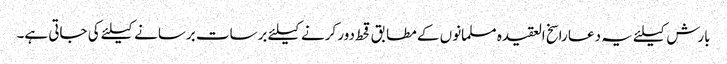
بارش کیلئے یہ دعا راسخ العقیدہ مسلمانوں کے مطابق قحط دور کرنے کیلئے برسات برسانے کیلئے کی جاتی ہے۔